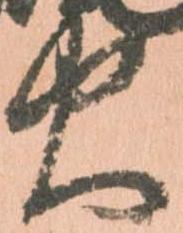
火